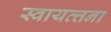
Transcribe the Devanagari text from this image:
स्वायत्त्तना